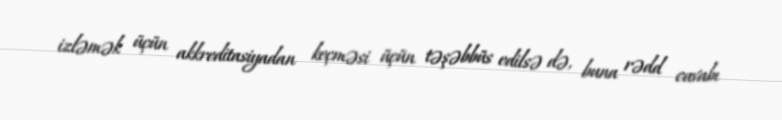
izləmək üçün akkreditasiyadan keçməsi üçün təşəbbüs edilsə də, buna rədd cavabı